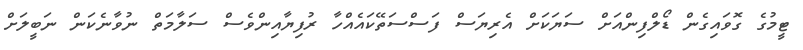
ޓީމުގެ ގޮވައިގެން ޑޯލްފިންއަށް ސަޔަކަށް އެރިޔަސް ފަސްސަތޭކައެއްހާ ރުފިޔާއިންވެސް ސަލާމަތް ނުވާނެކަން ނަބީލަށް